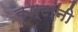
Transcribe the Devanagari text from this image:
कष्टांनी